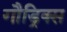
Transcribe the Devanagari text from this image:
गौड्रिक्स